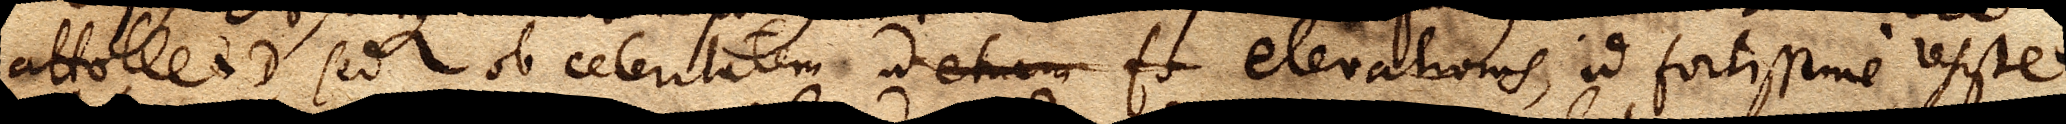
attollet D, sed ob celeritatem ut etiam fo elevationis, id fortissime resistet,